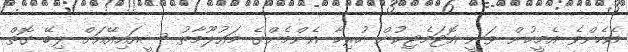
އެހެންވެ އެމީހުން ވަނީ އޮޓަމެޓިކުން ހުރިހާ އެންމެންގެ މައުލޫމާތު ސީއައިއޭއަށް ލިބޭ ގޮތް